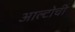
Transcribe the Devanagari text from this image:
आल्टोची